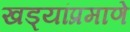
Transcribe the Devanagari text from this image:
खड्यांप्रमाणे